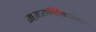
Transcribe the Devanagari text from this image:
माध्यमिकशाळा